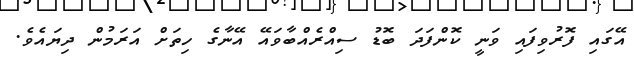
އޭގައި ފޮރުވިފައި ވަނީ ކޮންފަދަ ބޮޑު ސިއްރެއްބާވައޭ އޭނާގެ ހިތަށް އަރަމުން ދިޔައެވެ.